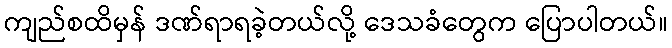
ကျည်စထိမှန် ဒဏ်ရာရခဲ့တယ်လို့ ဒေသခံတွေက ပြောပါတယ်။